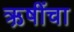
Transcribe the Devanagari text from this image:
ऋ़षींचा